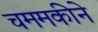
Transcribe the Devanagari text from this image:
चममकीने